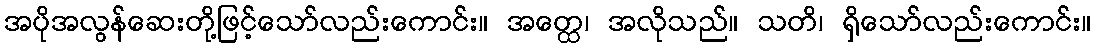
အပိုအလွန်ဆေးတို့ဖြင့်သော်လည်းကောင်း။ အတ္ထေ၊ အလိုသည်။ သတိ၊ ရှိသော်လည်းကောင်း။